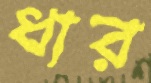
ধার